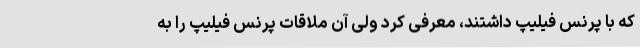
که با پرنس فیلیپ داشتند، معرفی کرد ولی آن ملاقات پرنس فیلیپ را به